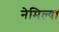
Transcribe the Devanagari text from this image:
नेमिल्या